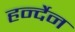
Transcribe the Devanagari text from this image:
हर्न्देन